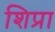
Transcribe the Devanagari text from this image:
शिप्रा